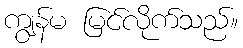
ကျွန်မ မြင်လိုက်သည်။